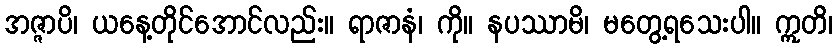
အဇ္ဇာပိ၊ ယနေ့တိုင်အောင်လည်း။ ရာဇာနံ၊ ကို။ နပဿာမိ၊ မတွေ့ရသေးပါ။ ဣတိ၊